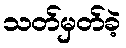
သတ်မှတ်ခဲ့